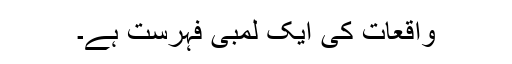
واقعات کی ایک لمبی فہرست ہے۔